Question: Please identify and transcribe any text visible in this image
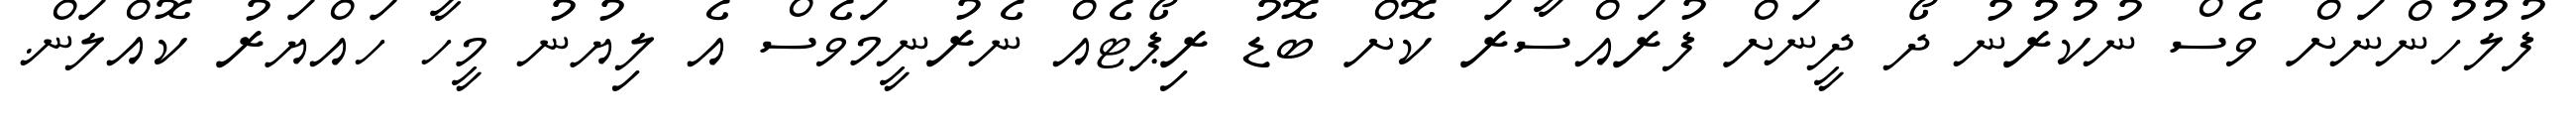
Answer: ފުލުހުންނަށް ވެސް ނުކުރުނު ދޯ ދީނަށް ފުރައްސާރަ ކޮށް ބޮޑު ރިޕޯޓެއް ނެރުނީމަވެސް އެ ލިޔުނު މީހާ ހައްޔަރު ކޮއްލަން.